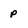
Character: p